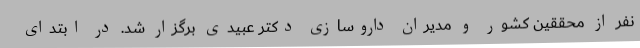
نفر از محققین کشور و مدیران داروسازی دکتر عبیدی برگزار شد. در ابتدای